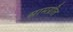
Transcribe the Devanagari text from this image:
सामग्रीत